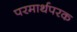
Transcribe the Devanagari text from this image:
परमार्थपरक